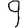
Digit: 9